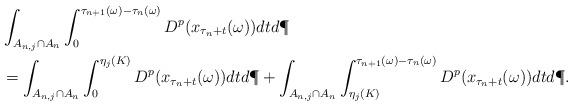
LaTeX: \begin{align*} &\int_{A_{n,j} \cap A_n} \int_0^{\tau_{n+1}(\omega) - \tau_n(\omega)} D^p(x_{\tau_n +t}(\omega)) dt d\P \\ & = \int_{A_{n,j} \cap A_n}\int_0^{\eta_j(K)} D^p(x_{\tau_n +t}(\omega))dt d\P + \int_{A_{n,j} \cap A_n}\int_{\eta_j(K)}^{\tau_{n+1}(\omega) - \tau_n(\omega)} D^p(x_{\tau_n +t}(\omega))dt d\P. \end{align*}